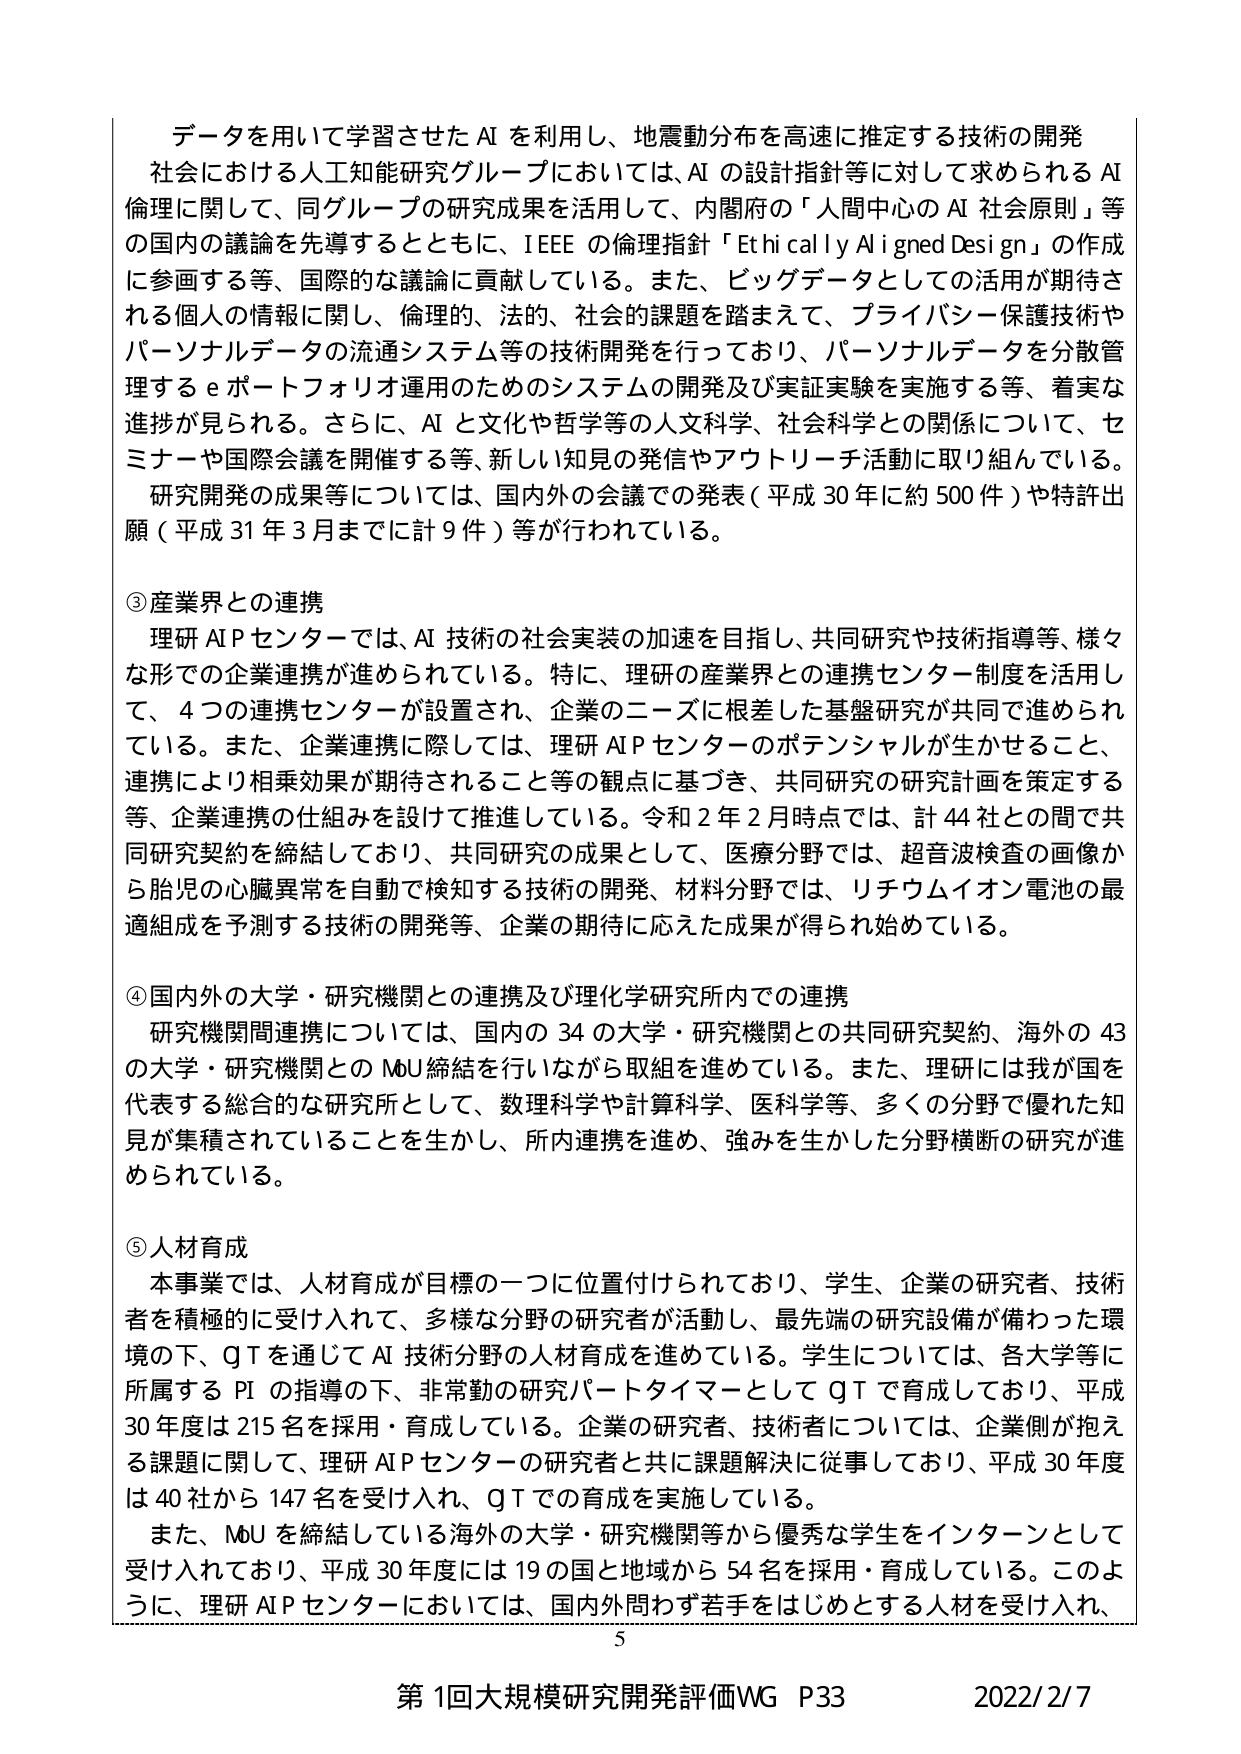
データを用いて学習させた AI を利用し、地震動分布を高速に推定する技術の開発
社会における人工知能研究グループにおいては、AI の設計指針等に対して求められる AI 倫理に関して、同グループの研究成果を活用して、内閣府の「人間中心の AI 社会原則」等の国内の議論を先導するとともに、IEEE の倫理指針「Ethically Aligned Design」の作成に参画する等、国際的な議論に貢献している。また、ビッグデータとしての活用が期待される個人の情報に関し、倫理的、法的、社会的課題を踏まえて、プライバシー保護技術やパーソナルデータの流通システム等の技術開発を行っており、パーソナルデータを分散管理する e ポートフォリオ運用のためのシステムの開発及び実証実験を実施する等、着実な進捗が見られる。さらに、AI と文化や哲学等の人文科学、社会科学との関係について、セミナーや国際会議を開催する等、新しい知見の発信やアウトリーチ活動に取り組んでいる。
研究開発の成果等については、国内外の会議での発表（平成 30 年に約 500 件）や特許出願（平成 31 年 3 月までに計 9 件）等が行われている。

③産業界との連携
理研 AI P センターでは、AI 技術の社会実装の加速を目指し、共同研究や技術指導等、様々な形での企業連携が進められている。特に、理研の産業界との連携センター制度を活用して、4 つの連携センターが設置され、企業のニーズに根差した基盤研究が共同で進められている。また、企業連携に際しては、理研 AI P センターのポテンシャルが生かせること、連携により相乗効果が期待されること等の観点に基づき、共同研究の研究計画を策定する等、企業連携の仕組みを設けて推進している。令和 2 年 2 月時点では、計 44 社との間で共同研究契約を締結しており、共同研究の成果として、医療分野では、超音波検査の画像から胎児の心臓異常を自動で検知する技術の開発、材料分野では、リチウムイオン電池の最適組成を予測する技術の開発等、企業の期待に応えた成果が得られ始めている。

④国内外の大学・研究機関との連携及び理化学研究所内での連携
研究機関間連携については、国内の 34 の大学・研究機関との共同研究契約、海外の 43 の大学・研究機関との MoU 締結を行いながら取組を進めている。また、理研には我が国を代表する総合的な研究所として、数理科学や計算科学、医科学等、多くの分野で優れた知見が集積されていることを生かし、所内連携を進め、強みを生かした分野横断の研究が進められている。

⑤人材育成
本事業では、人材育成が目標の一つに位置付けられており、学生、企業の研究者、技術者を積極的に受け入れて、多様な分野の研究者が活動し、最先端の研究設備が備わった環境の下、QT を通じて AI 技術分野の人材育成を進めている。学生については、各大学等に所属する PI の指導の下、非常勤の研究パートタイマーとして QT で育成しており、平成 30 年度は 215 名を採用・育成している。企業の研究者、技術者については、企業側が抱える課題に関して、理研 AI P センターの研究者と共に課題解決に従事しており、平成 30 年度は 40 社から 147 名を受け入れ、QT での育成を実施している。
また、MoU を締結している海外の大学・研究機関等から優秀な学生をインターンとして受け入れており、平成 30 年度には 19 の国と地域から 54 名を採用・育成している。このように、理研 AI P センターにおいては、国内外問わず若手をはじめとする人材を受け入れ、

5
第 1回大規模研究開発評価WG P33 2022/2/7